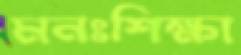
মনঃশিক্ষা